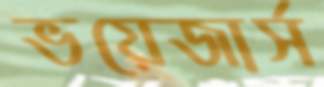
ভয়েজার্স